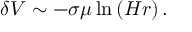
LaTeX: \delta V \sim - \sigma \mu \ln \left( H r \right) .